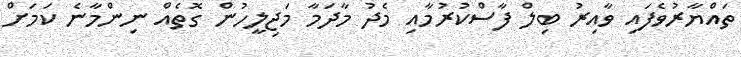
ތައްޔާރުވެފައި ވާއިރު ބިލް ފާސްކުރުމާއި މެދު މާދަމާ މަޖިލީހުން ގޮތެއް ނިންމާނެ ކަމަށް